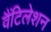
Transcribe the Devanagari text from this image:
वैंटिलेशन